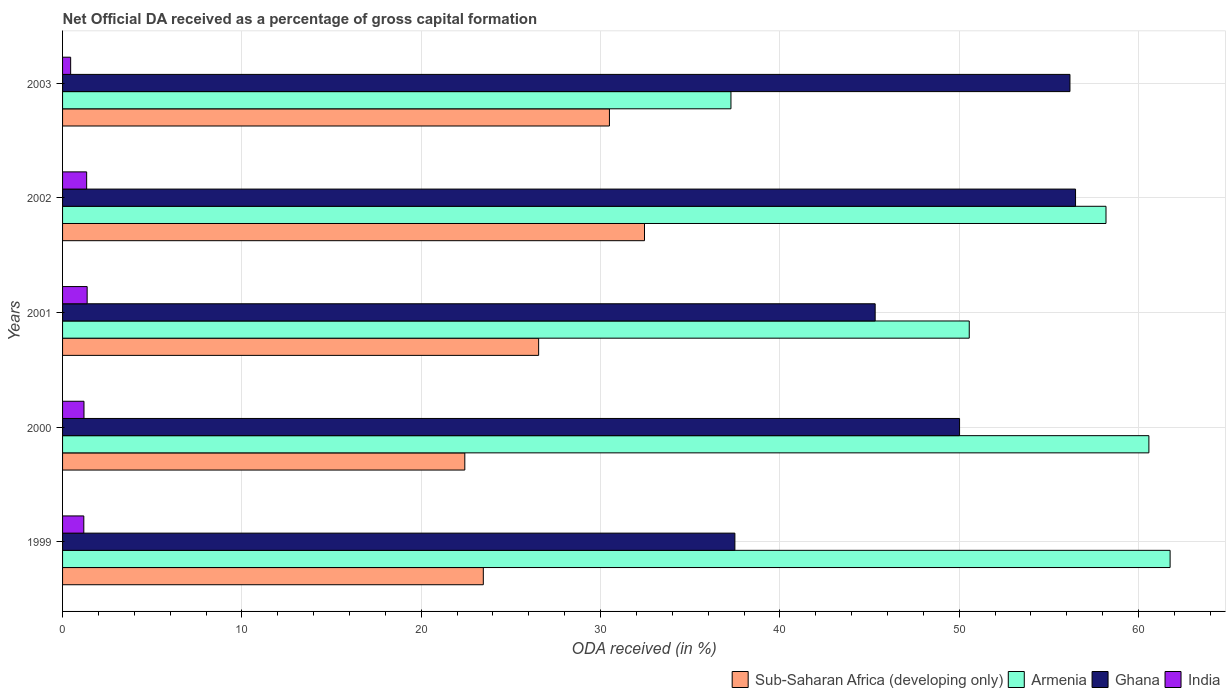
| Years | Sub-Saharan Africa (developing only) | Armenia | Ghana | India |
 | --- | --- | --- | --- | --- |
 | 1999 | 23.5 | 61.8 | 37.5 | 1.18 |
 | 2000 | 22.4 | 60.6 | 50 | 1.19 |
 | 2001 | 26.5 | 50.6 | 45.3 | 1.37 |
 | 2002 | 32.5 | 58.2 | 56.5 | 1.34 |
 | 2003 | 30.5 | 37.3 | 56.2 | 0.452 |